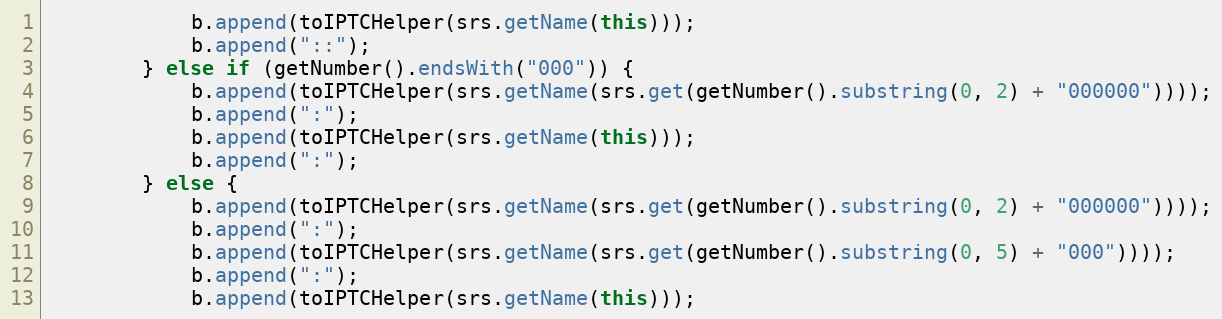
Language: Java
			b.append(toIPTCHelper(srs.getName(this)));
			b.append("::");
		} else if (getNumber().endsWith("000")) {
			b.append(toIPTCHelper(srs.getName(srs.get(getNumber().substring(0, 2) + "000000"))));
			b.append(":");
			b.append(toIPTCHelper(srs.getName(this)));
			b.append(":");
		} else {
			b.append(toIPTCHelper(srs.getName(srs.get(getNumber().substring(0, 2) + "000000"))));
			b.append(":");
			b.append(toIPTCHelper(srs.getName(srs.get(getNumber().substring(0, 5) + "000"))));
			b.append(":");
			b.append(toIPTCHelper(srs.getName(this)));